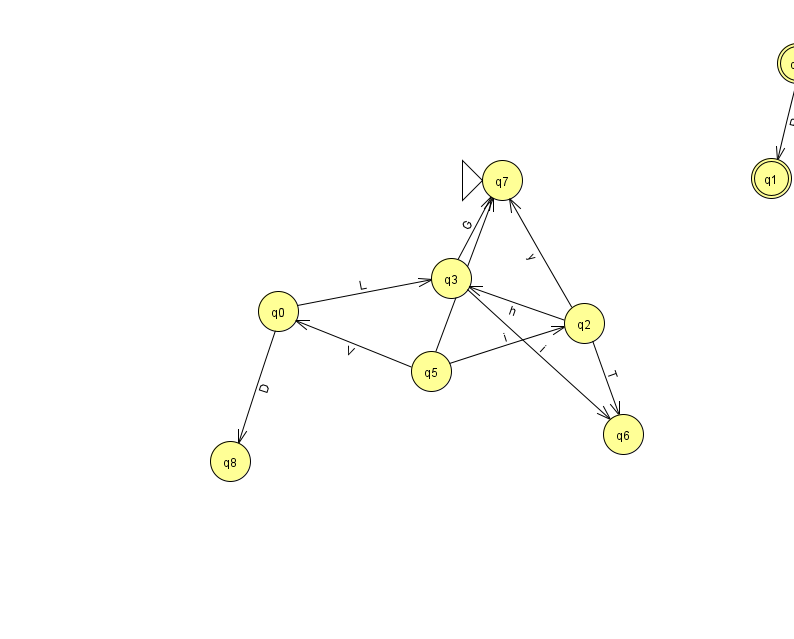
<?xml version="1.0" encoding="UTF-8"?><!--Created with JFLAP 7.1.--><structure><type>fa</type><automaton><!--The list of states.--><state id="0" name="q0"><x>278.0</x><y>298.0</y></state><state id="1" name="q1"><x>771.0</x><y>165.0</y><final/></state><state id="2" name="q2"><x>584.0</x><y>310.0</y></state><state id="3" name="q3"><x>451.0</x><y>265.0</y></state><state id="4" name="q4"><x>797.0</x><y>50.0</y><final/></state><state id="5" name="q5"><x>431.0</x><y>358.0</y></state><state id="6" name="q6"><x>623.0</x><y>421.0</y></state><state id="7" name="q7"><x>502.0</x><y>167.0</y><initial/></state><state id="8" name="q8"><x>230.0</x><y>448.0</y></state><!--The list of transitions.--><transition><from>4</from><to>1</to><read>R</read></transition><transition><from>2</from><to>3</to><read>h</read></transition><transition><from>3</from><to>6</to><read>i</read></transition><transition><from>5</from><to>0</to><read>V</read></transition><transition><from>0</from><to>3</to><read>L</read></transition><transition><from>2</from><to>7</to><read>y</read></transition><transition><from>3</from><to>7</to><read>G</read></transition><transition><from>2</from><to>6</to><read>T</read></transition><transition><from>0</from><to>8</to><read>D</read></transition><transition><from>5</from><to>2</to><read>i</read></transition><transition><from>5</from><to>7</to><read>k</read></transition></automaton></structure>